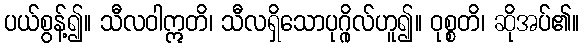
ပယ်စွန့်၍။ သီလဝါဣတိ၊ သီလရှိသောပုဂ္ဂိုလ်ဟူ၍။ ဝုစ္စတိ၊ ဆိုအပ်၏။